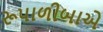
રૂપાળીબાએ